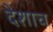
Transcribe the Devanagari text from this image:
देशाच